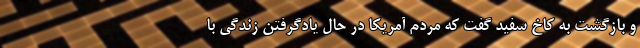
و بازگشت به کاخ سفید گفت که مردم آمریکا در حال یادگرفتن زندگی با